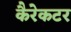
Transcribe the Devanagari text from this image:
कैरेकटर